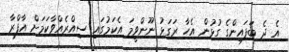
އެ ދެ ބަފައިންގެ ގުޅުން އެހާ ރަގަޅު ނޫންވީމަ އެކަމުގައި ސިއްރެއްވާކަމަށް އާފްރާ